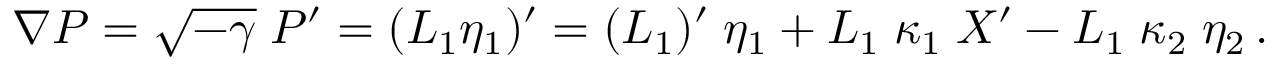
\nabla P = \sqrt { - \gamma } \; P { } ^ { \prime } = ( L _ { 1 } \eta _ { 1 } ) { } ^ { \prime } = ( L _ { 1 } ) ^ { \prime } \; \eta _ { 1 } + L _ { 1 } \; \kappa _ { 1 } \; X ^ { \prime } - L _ { 1 } \; \kappa _ { 2 } \; \eta _ { 2 } \, .